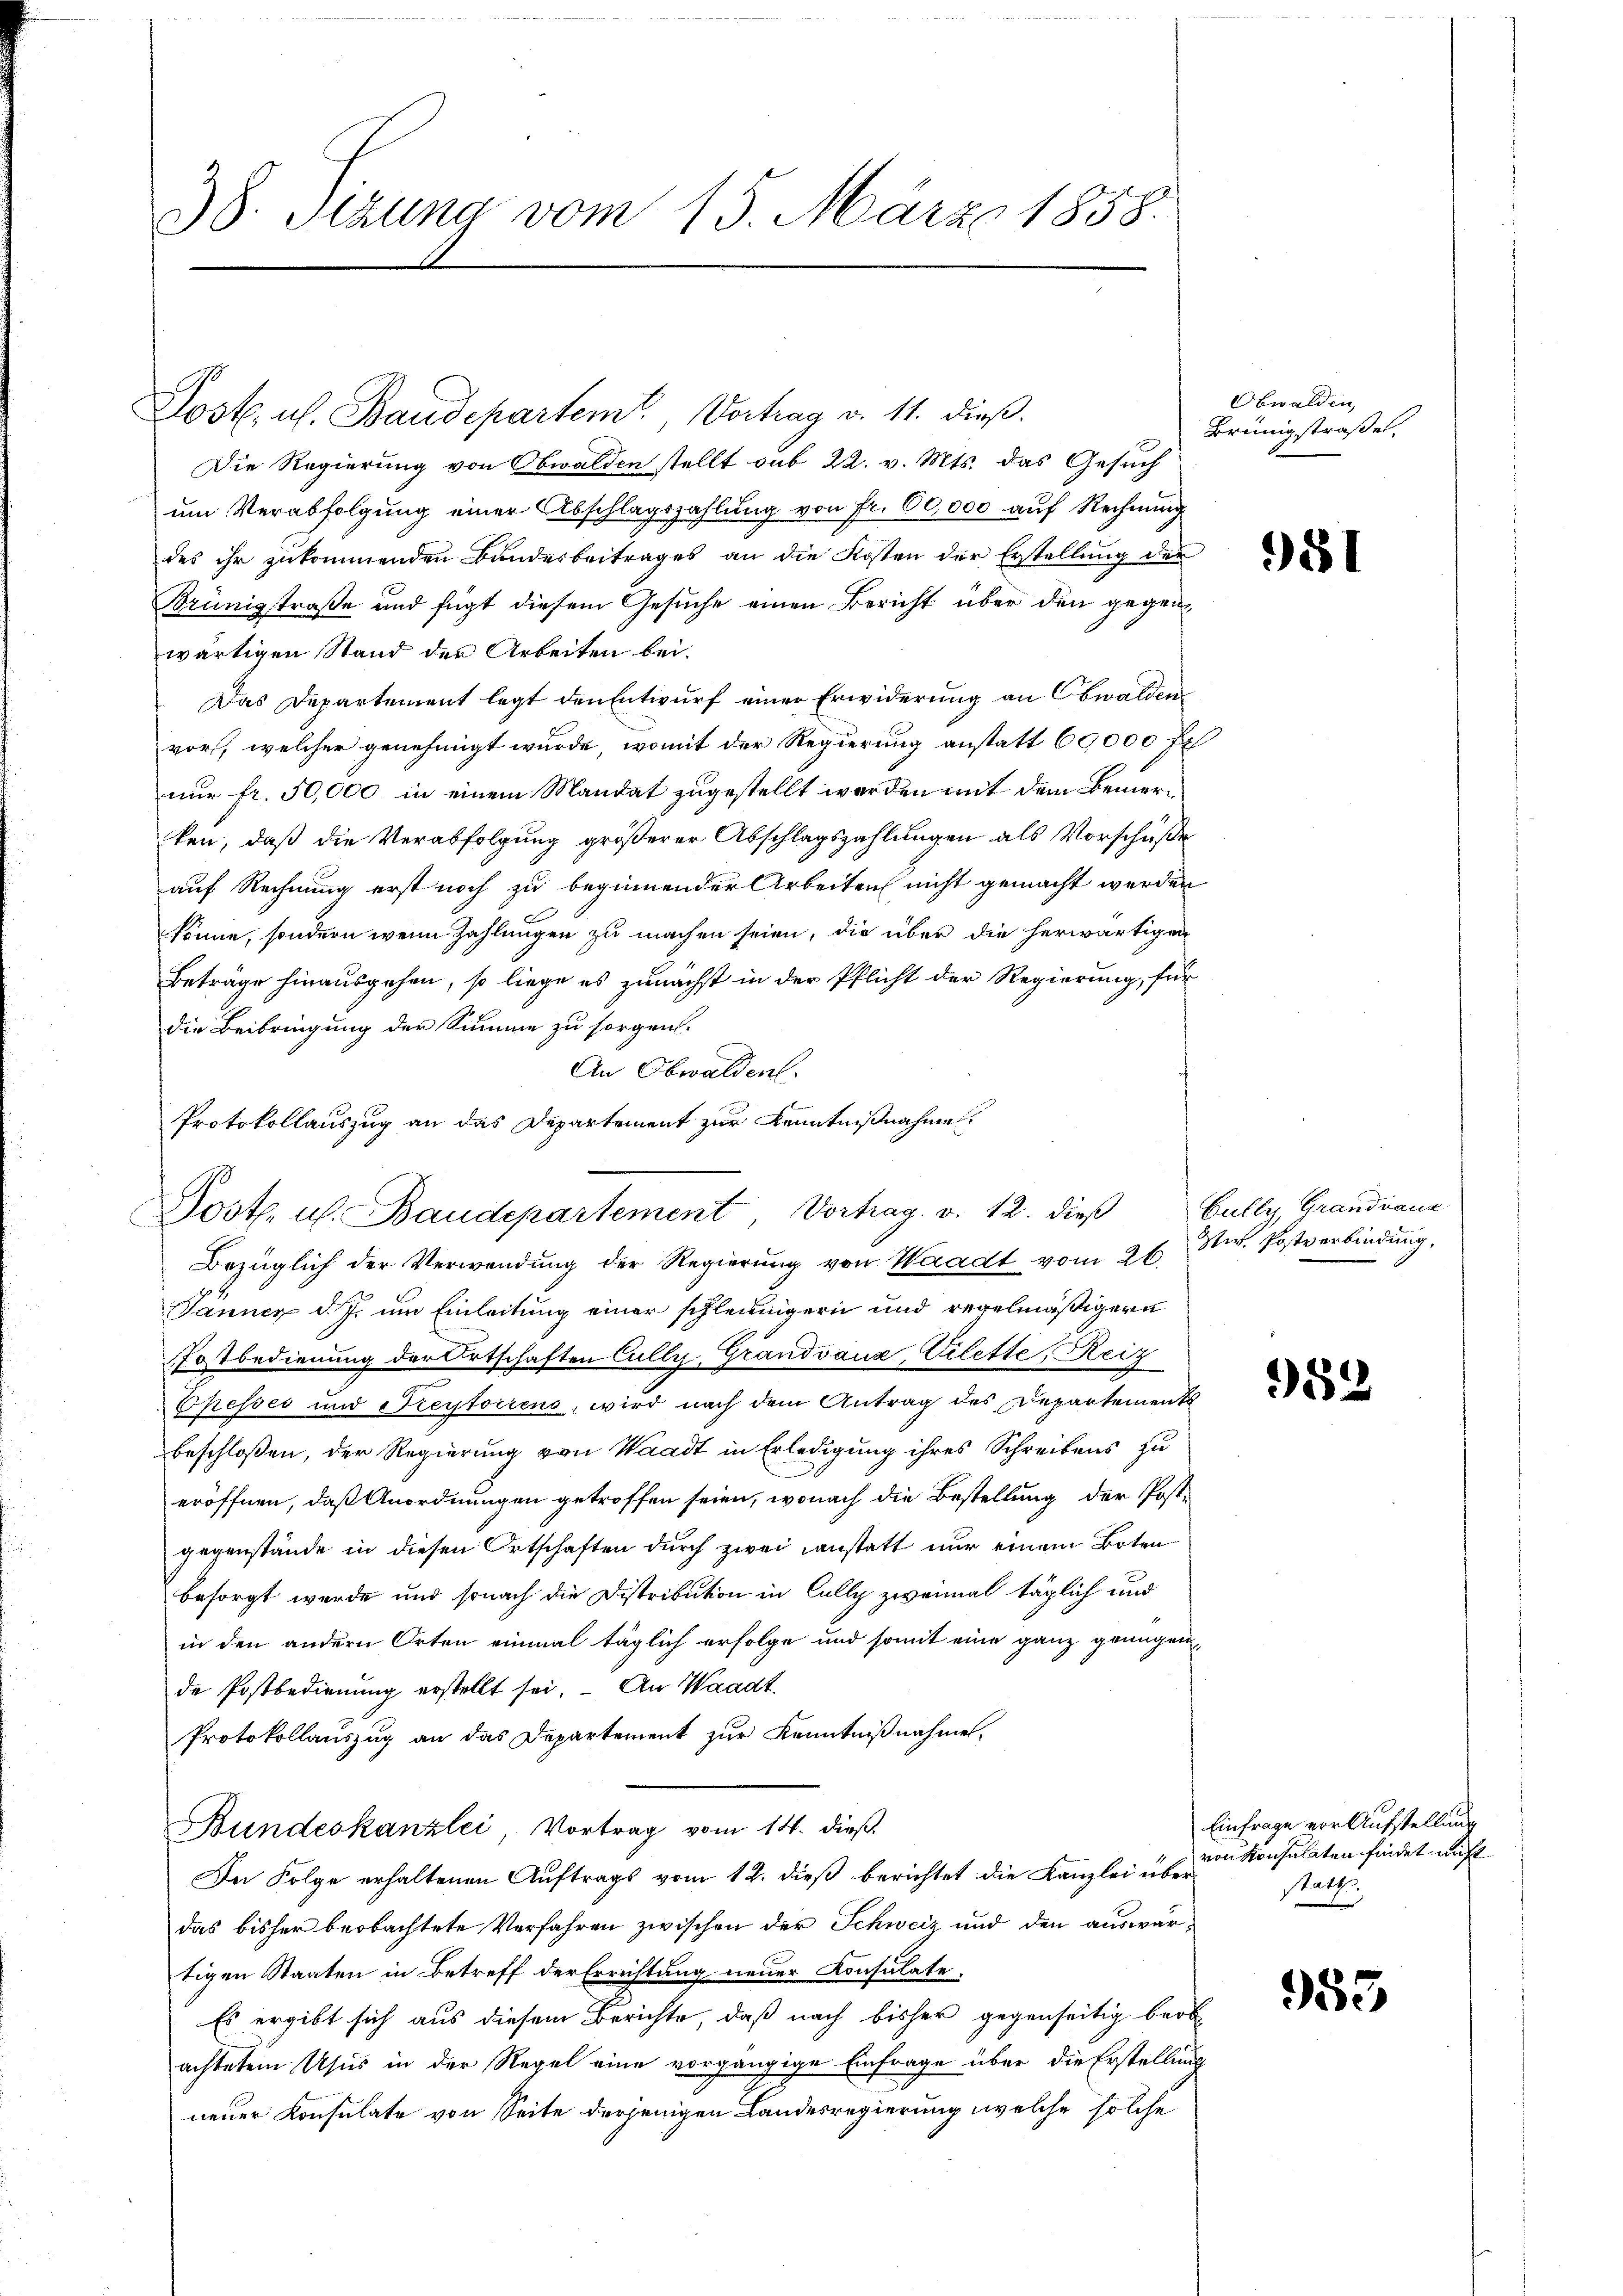
38. Szuna vom 15. März 1858.

Post. u. Baudepartem Vortrag v. 11. dieß.
Die Regierung von Obwalden stellt sub 22. v. Mts. das Gesuch
um Verabfolgung einer Abschlagszahlung von Fr. 60,000 auf Rechnung
des ihr zukommenden Bundesbeitrages an die Kosten der Erstellung der
Brünigstraße und fügt diesem Gesuche einen Bericht über den gegenwärtigen Stand der Arbeiten bei.
Das Departement legt den Entwurf einer Erwiderung an Obwalden
vor, welcher genehmigt wurde, womit der Regierung anstatt 60,000 Fr.
nur fr. 50,000 in einem Mandat zugestellt werden mit dem Bemerken, daß die Verabfolgung größerer Abschlagszahlungen als Vorschüße
auf Rechnung erst noch zu beginnender Arbeiten nicht gemacht werden
könne, sondern wenn Zahlungen zu machen seien, die über die herwärtigen
Beträge hinausgehen, so liege es zunächst in der Pflicht der Regierung, für
die Beibringung der Summe zu sorgen.
An Obwalden.
Bezüglich der Verwendung der Regierung von Waadt vom 26.
Jänner d. J. um Einleitung einer schleunigern und regelmäßigern
Fostbedienung der Ortschaften Cully, Grandvanz Vilette, Reiz
Chesses und Freytoriens, wird nach dem Antrag des Departement
beschlossen, der Regierung von Waadt in Erledigung ihres Schreibens zu
eröffnen, daß Anordnungen getroffen seien, wonach die Bestellung der Postgegenstände in diesen Ortschaften durch zwei anstatt nur einem Boten
besorgt werde und sonach die Distribution in Cally zweimal täglich und
in den andern Orten einmal täglich erfolge und somit eine ganz genügen
de Postbedienung erstellt sei. An Waadt.
Protokollauszug an das Departement zur Kenntnißnahmen.
Bundeskanzlei Vortrag vom 14. dieß.
In Folge erhaltenen Auftrags vom 12. dieß berichtet die Kanzlei über
das bisher beobachtete Verfahren zwischen der Schweiz und den auswärtigen Staaten in Betreff der Errichtung neuer Konsulate.
Es ergibt sich aus diesem Berichte, daß nach bisher gegenseitig barb
achtetem Usus in der Regel eine vorgängige Einfrage über die Erstellung
neuer Konsulate von Seite derjenigen Landesregierung welche solche

Protokollauszug an das Departement zur Kenntnißnahme
Dost. u. Baudepartement, Vortrag. v. 12. dieß

Obwalden,
Brünigstraße

981

Gully, Grandnauz
Etw. Postverbindung,

952

Einfrage vor Aufstellung
von Konsulaten findet nicht
statth

953